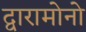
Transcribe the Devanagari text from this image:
द्वारामोनो